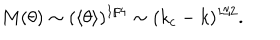
M ( \theta ) \sim ( \langle \theta \rangle ) ^ { 1 / 4 } \sim ( k _ { c } - k ) ^ { 1 / 2 } .